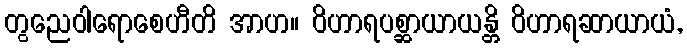
တွညေဝါရောစေဟီတိ အာဟ။ ဝိဟာရပစ္ဆာယာယန္တိ ဝိဟာရဆာယာယံ,